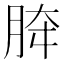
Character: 𰮟